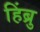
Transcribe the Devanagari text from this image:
हिंब्रु